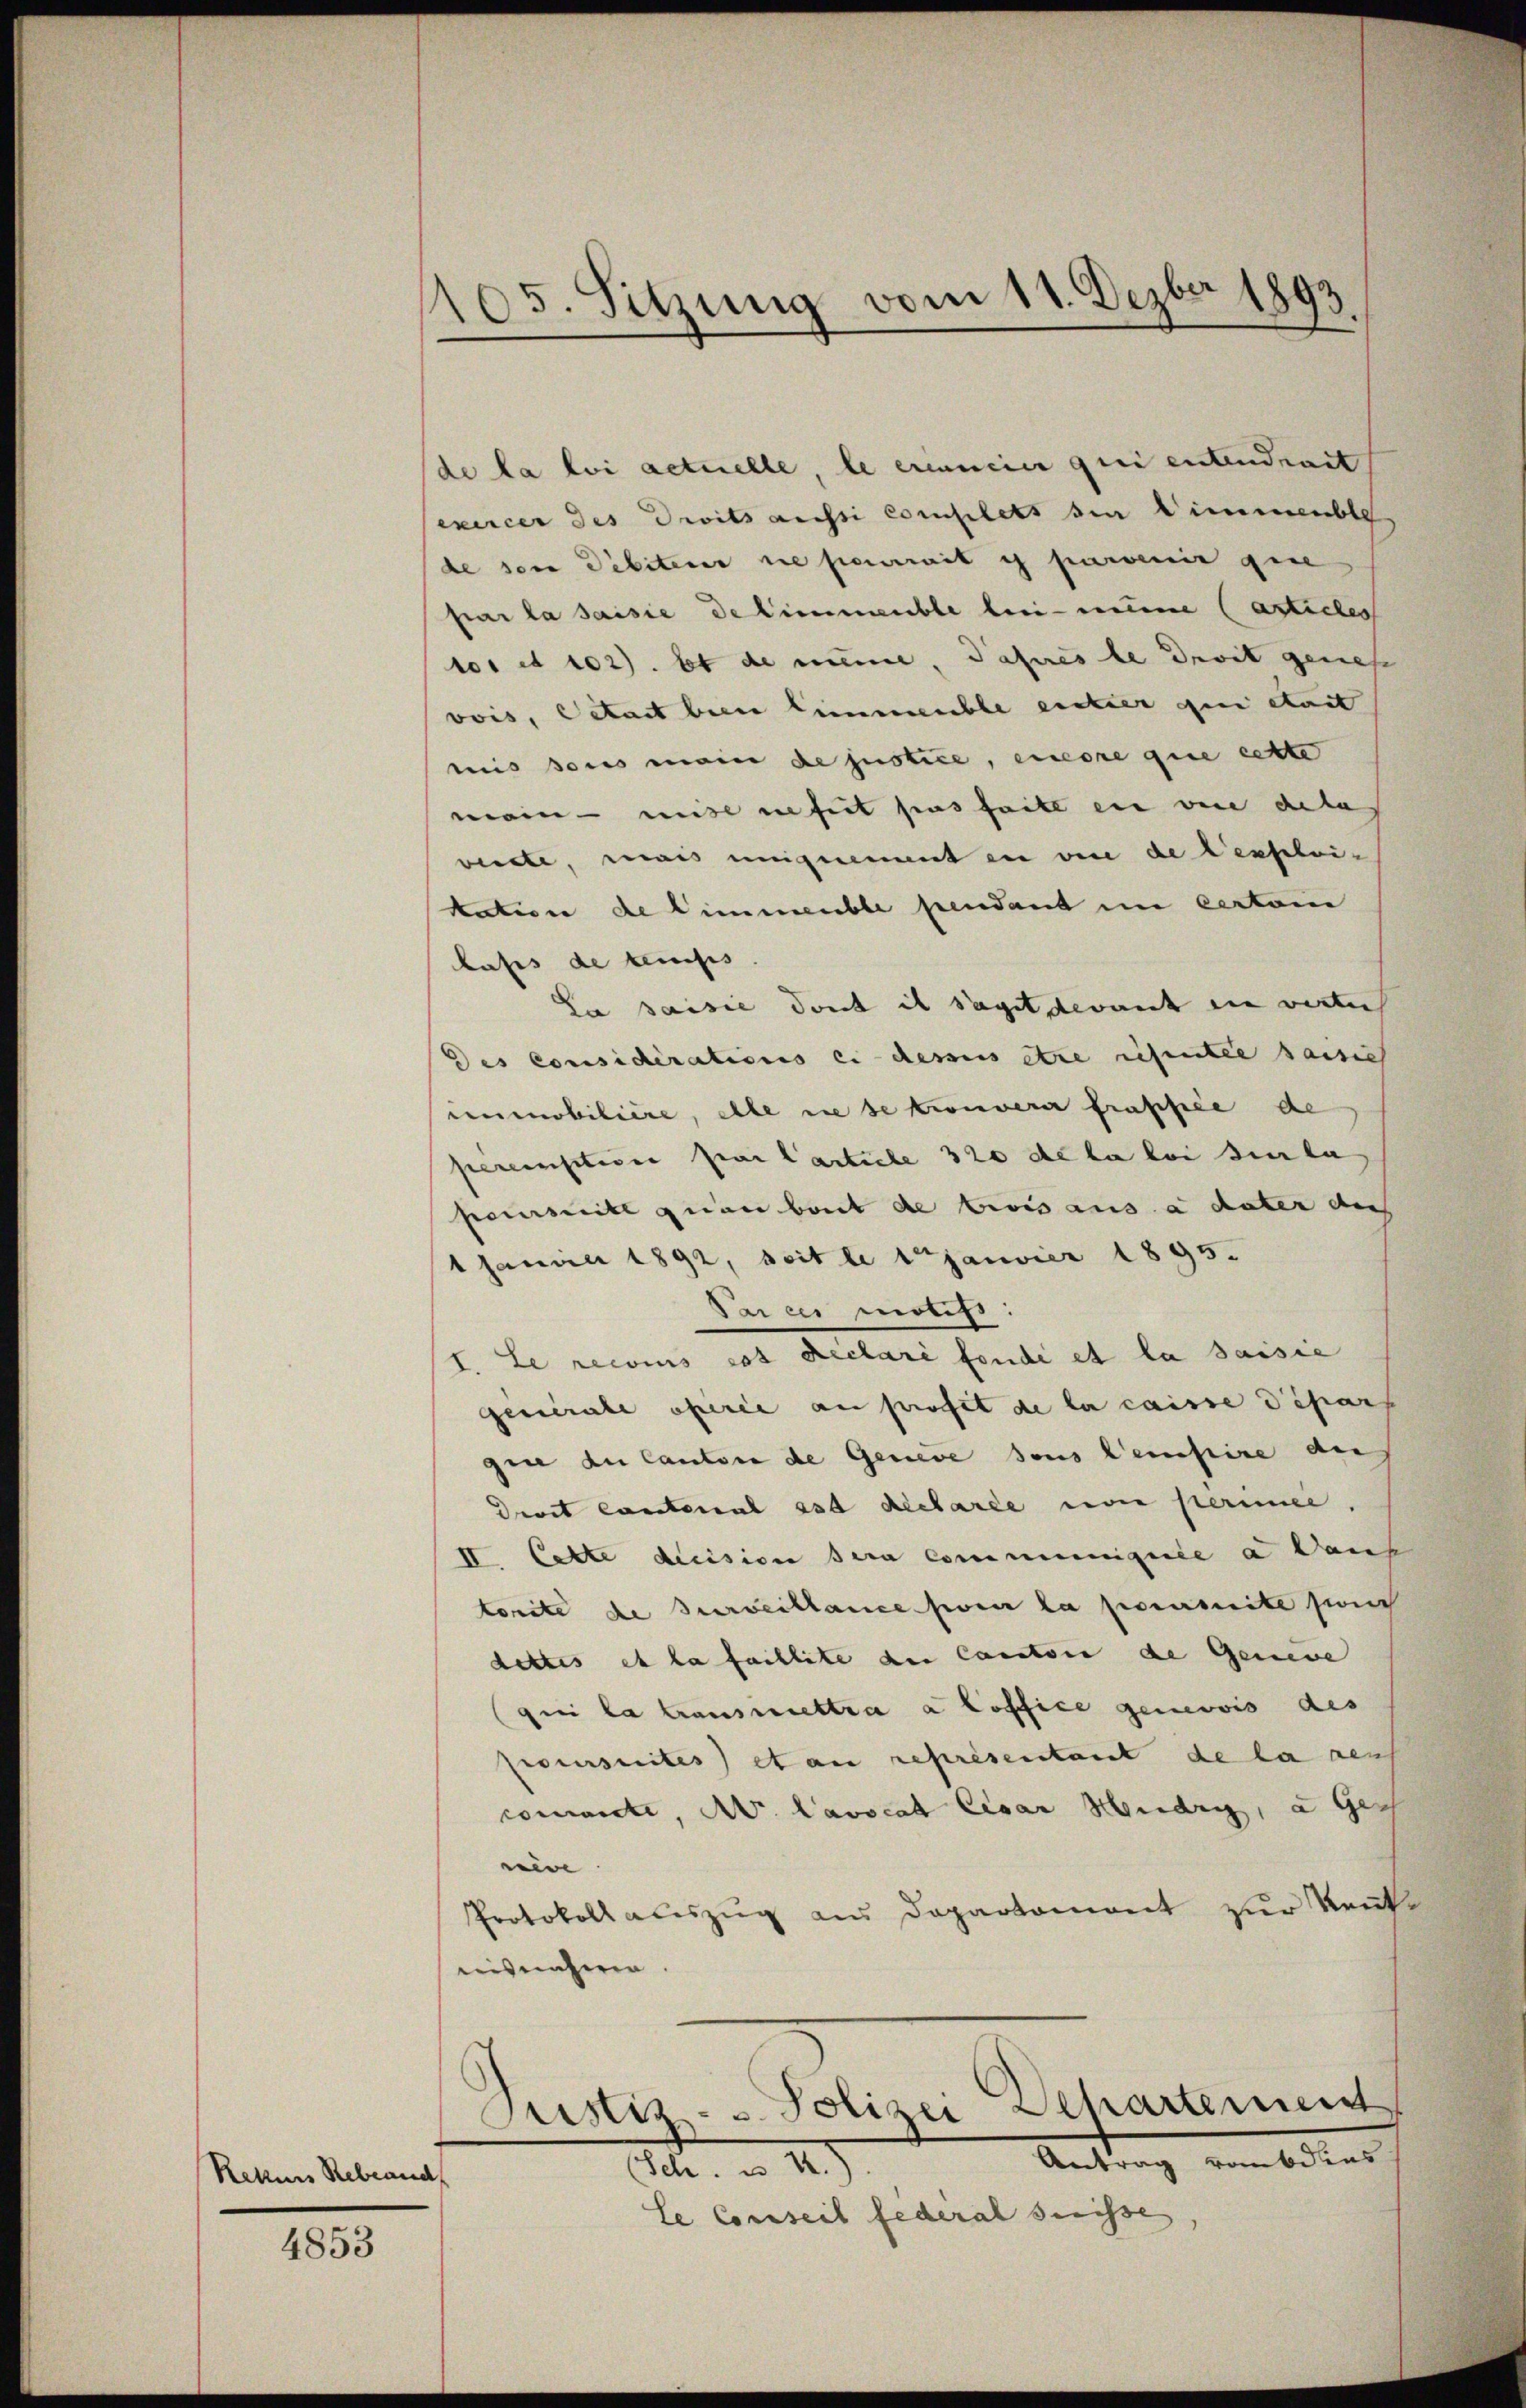
Rekurs Rebland

4853

.
85. Sitzung vom 11. Dezbr 1893.

de la loi actuelle, le erinnein qui entendrait
exercer des Droits aussi complets den Wimmenble
de sein Debiteur ne permit ich parvenir gese
par la saisie delimmeuble lei- nenne (artielen
tos et 102). et de meine, daheres le droit genieß
vois, Catast beim Limmeuble einter qui était
mis sous mein de justice, einere que cette
mein – mit inheit sind hatt ein vere acta
viedte, mais ungement in vie de Cessleiuation de limmeuble pendant in certoni
hasis de leuches |
Da saisie dont il sagit devant in verte
des Considérations ei dessens etwa schmitte saisich
cenobiliere, elle die se trouverer fraffice de
pereisitive par Carticle 320 de la loi sur la
permite quan baut de trois aus a dater die
1 Januar 1892, seit le 1 Janvier 1895.
Parcer motifs.
f. Le recoins cos Reclaré fonde et la sassie
generale operie an profit de la caisse Dipars
gen du Cantone de Geneve sous leistire de
Derit conterial est déclarée non perimee,
II. Cette decision sera communiquile a Dans
torite de surveillance sei la primite sich
dettes et la faillite der Cantone de Geneve
qui la fausmiettra a Coffice genobis des
poursuites) et an représentant de la neu
commente, N. Lavocat Cesar Huldig, an Ges
ein.
Protokoll auszug aus Departament zur Rent
nisnahmen.
Justiz- & Polizei Departement
Antrag von Adres
A. a.
le Conseil federal suisse